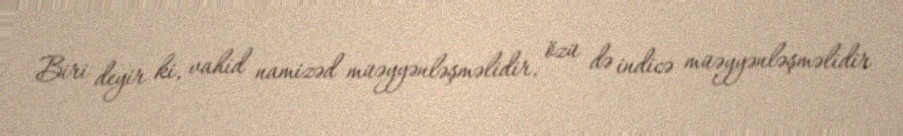
Biri deyir ki, vahid namizəd müəyyənləşməlidir, özü də indicə müəyyənləşməlidir